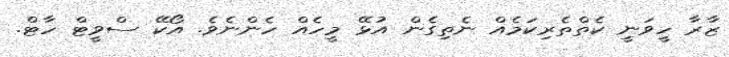
ޒާރާ ހީވަނީ ކެތްތެރިކަމެއް ނެތިގެން އުޅޭ މީހެެއް ހެންނެވެ. އޯކޭ ސްވީޓް ހާޓް.